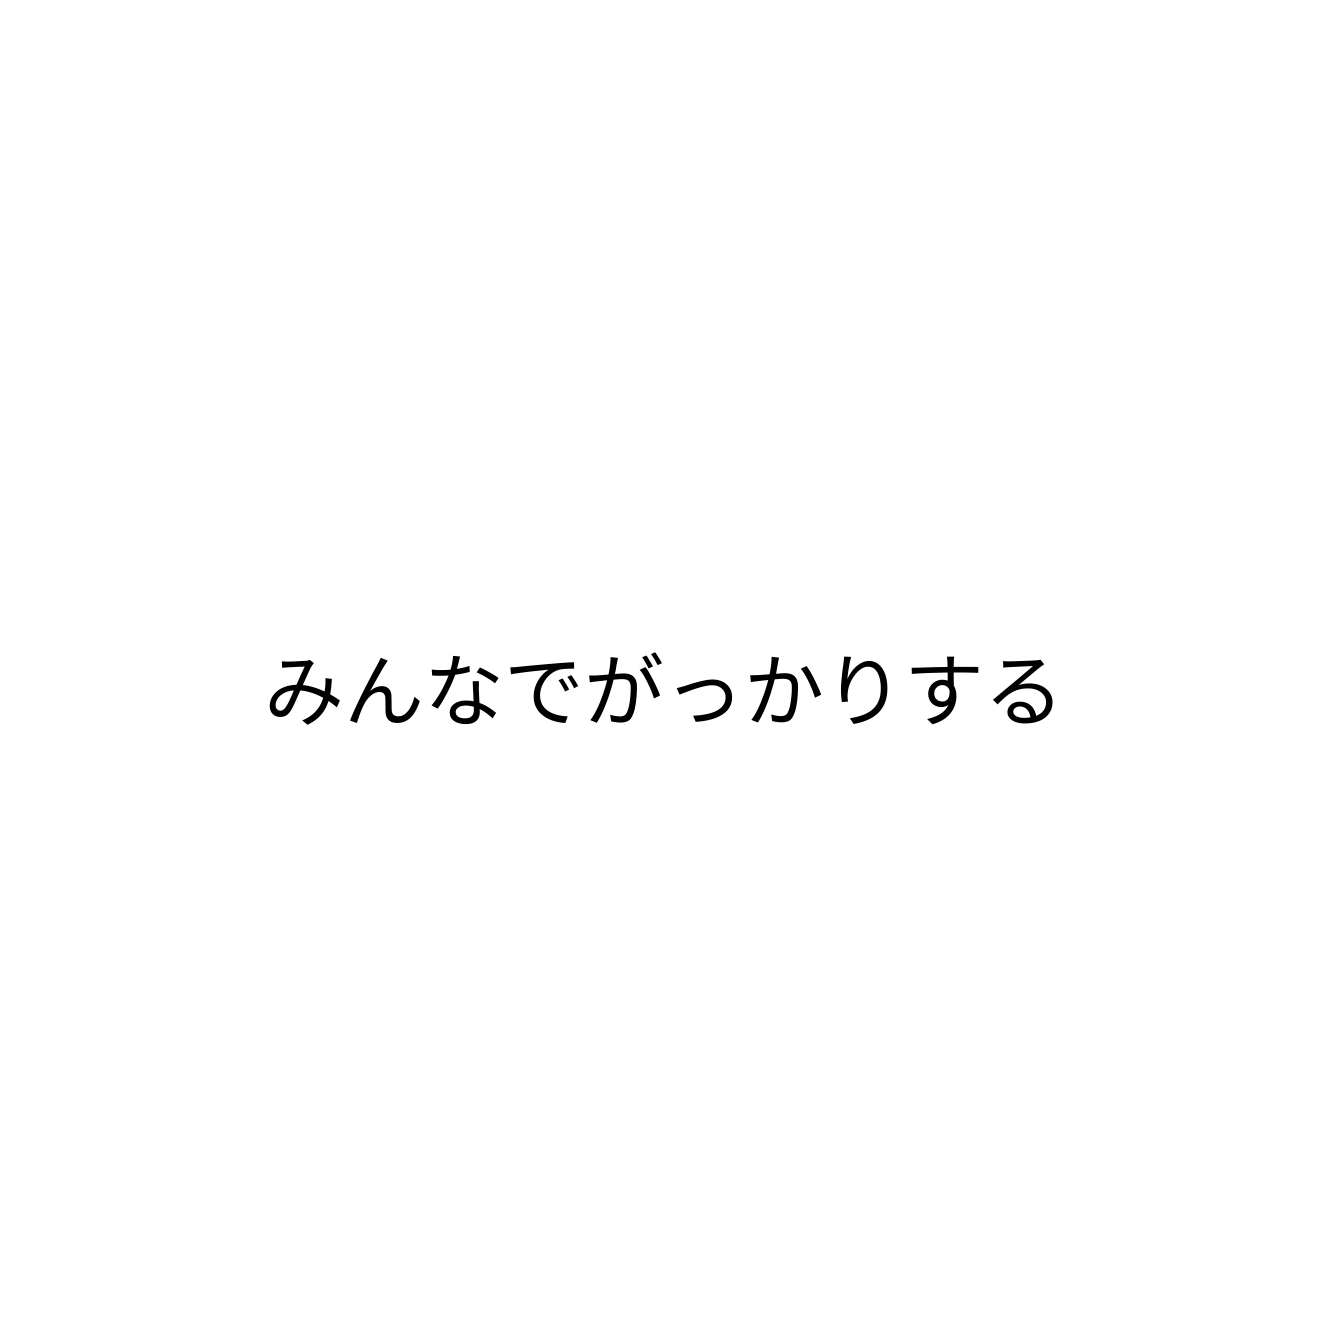
みんなでがっかりする